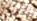
يقترح